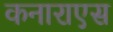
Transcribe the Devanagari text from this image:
कनाराएस